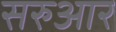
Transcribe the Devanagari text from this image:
सरुआर